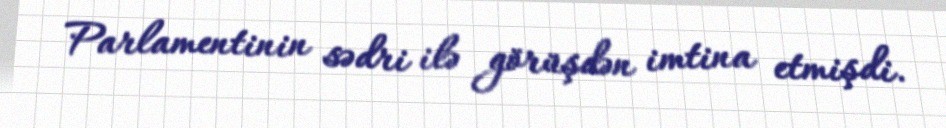
Parlamentinin sədri ilə görüşdən imtina etmişdi.